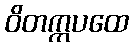
ဝိတက္ကပထေ